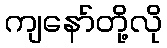
ကျနော်တို့လို